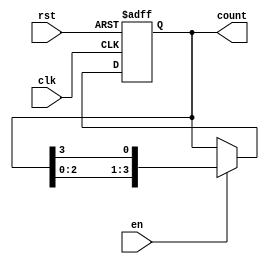
module RingCounter(
    input clk,
    input rst,
    input en,
    output reg [3:0] count
);

always @(posedge clk or posedge rst) begin
    if (rst) begin
        count <= 4'b0001; // Initialize counter to start at position 1
    end else begin
        if (en) begin
            count <= {count[2:0], count[3]}; // Shift the "1" bit along the ring
        end
    end
end

endmodule